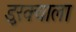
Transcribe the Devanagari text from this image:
डुरक्याला